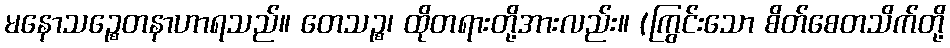
မနောသဉ္စေတနာဟာရသည်။ တေသဉ္စ၊ ထိုတရားတို့အားလည်း။ (ကြွင်းသော စိတ်စေတသိက်တို့